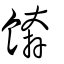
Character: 餴